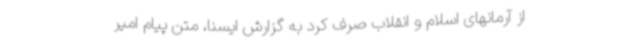
از آرمانهای اسلام و انقلاب صرف کرد به گزارش ایسنا، متن پیام امیر